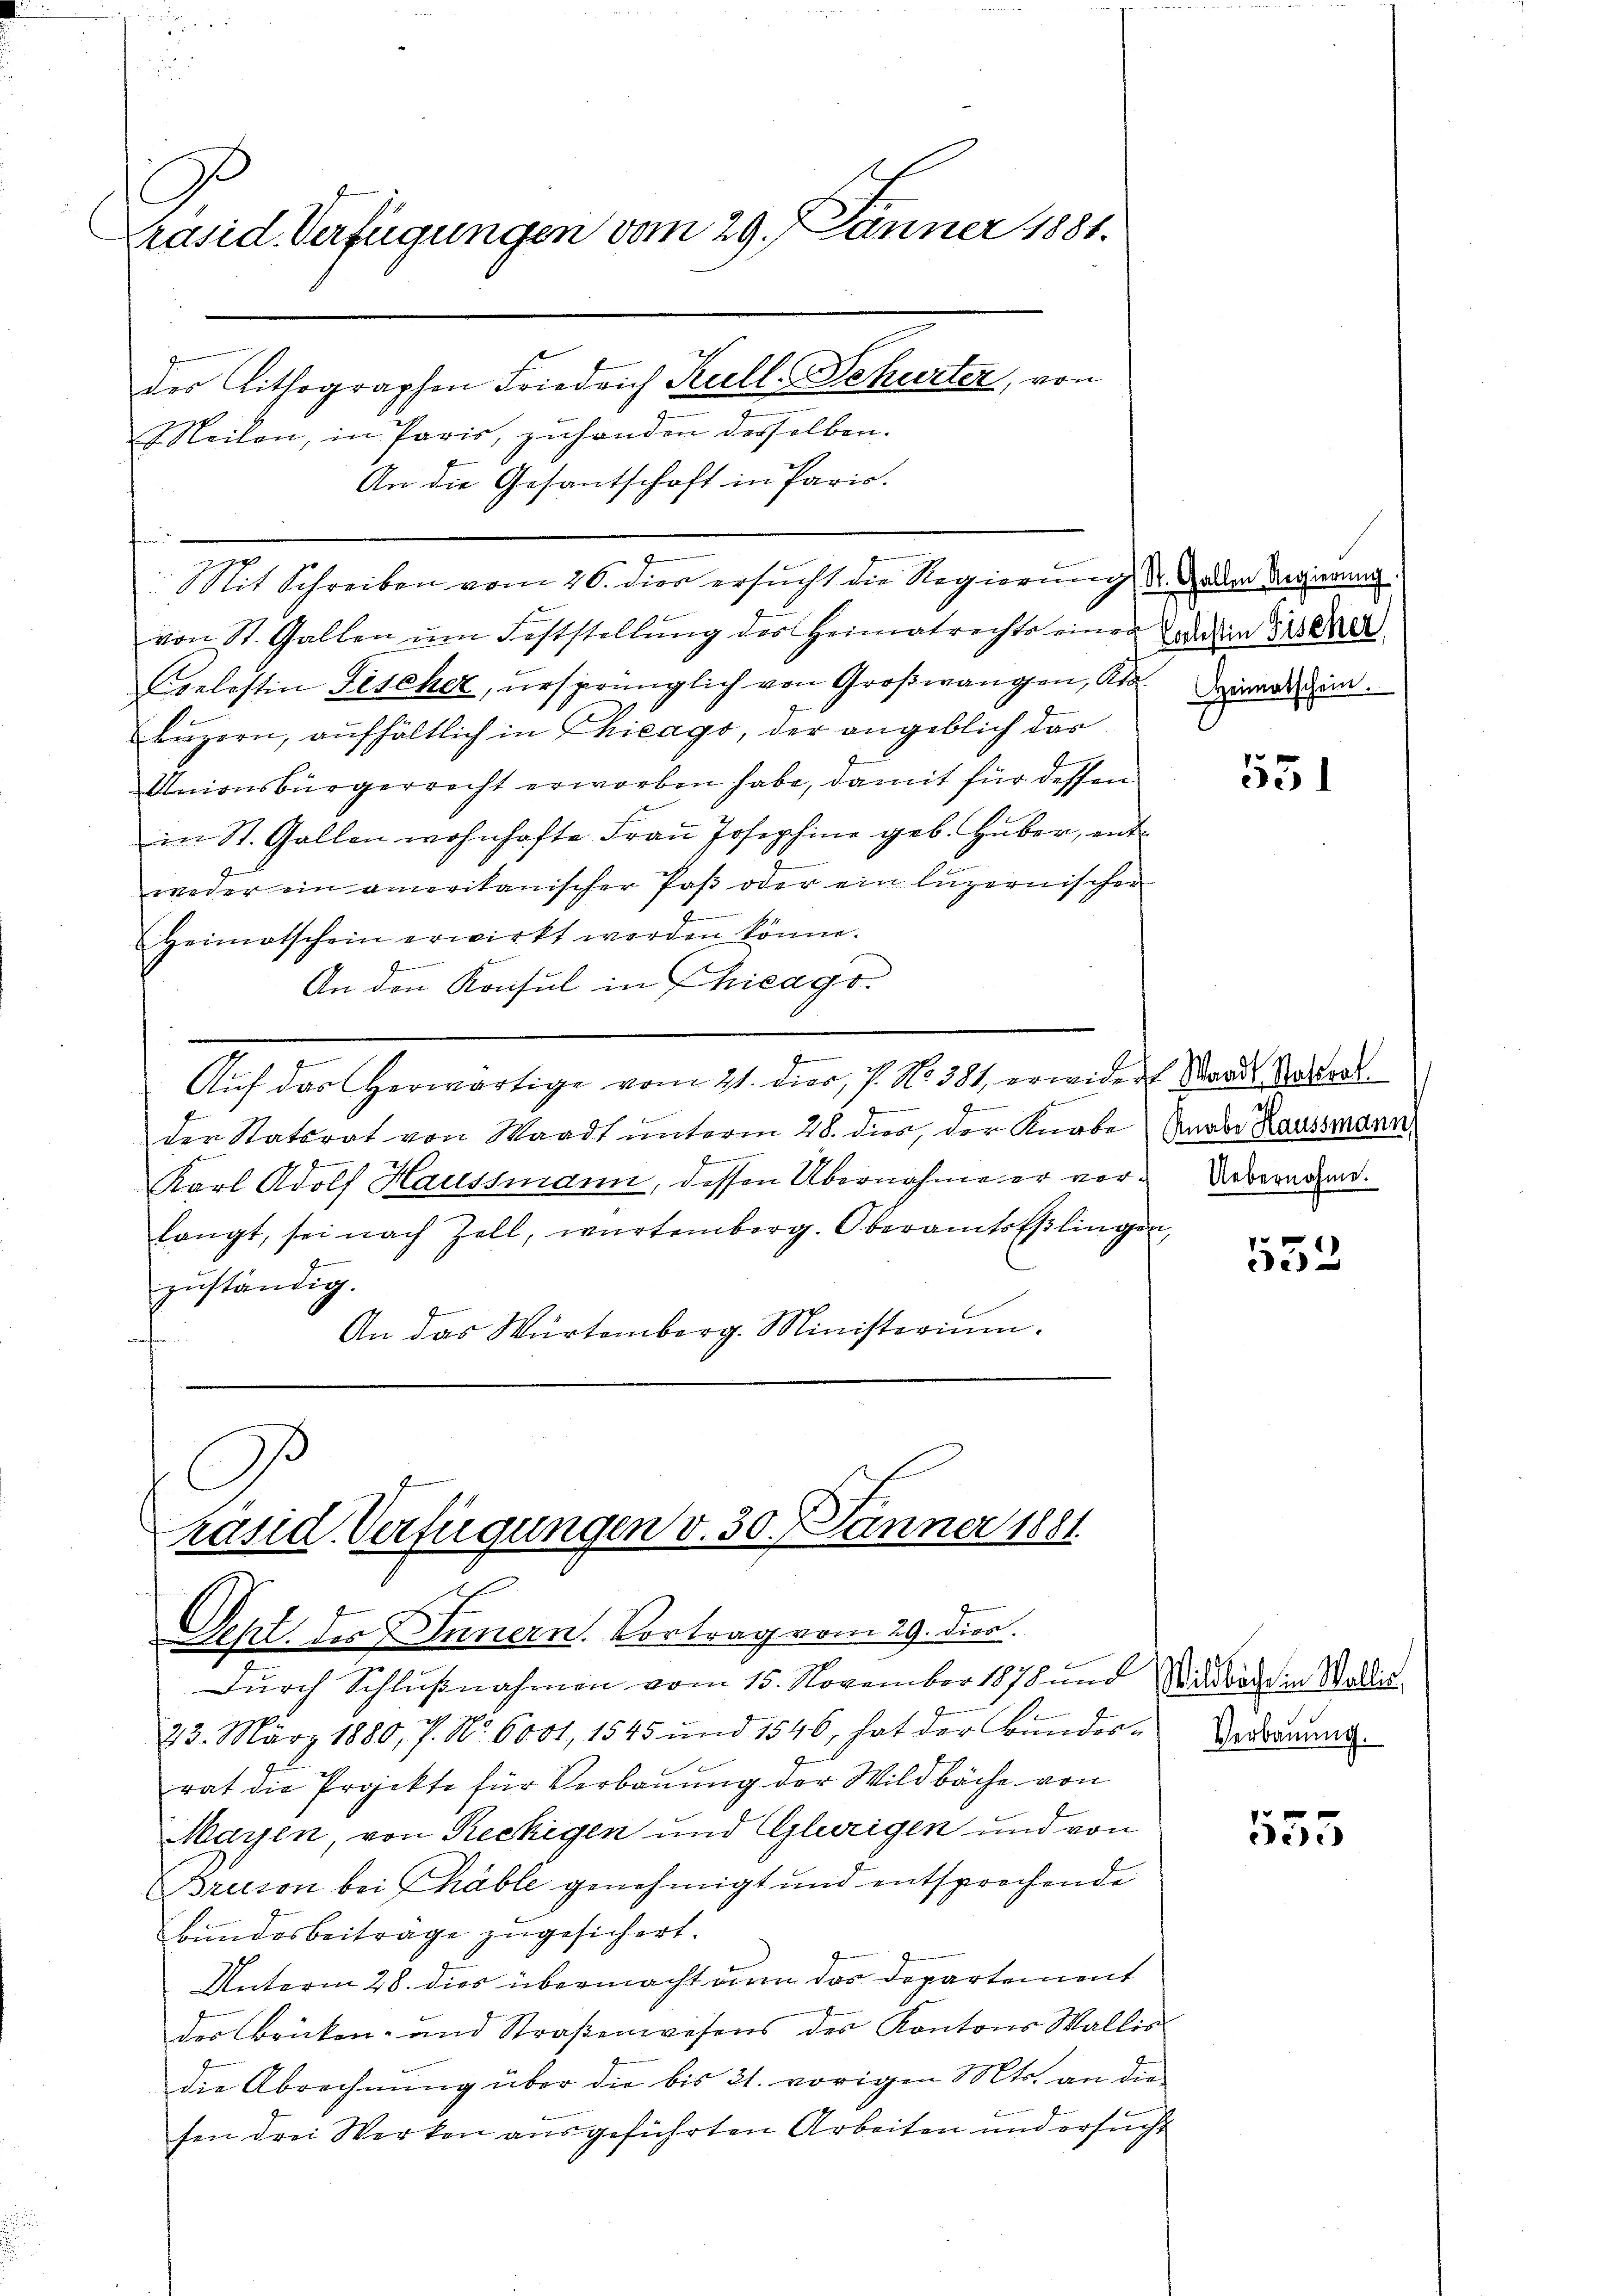
C
räsid. Verfügungen vom 29. Jänner 1881.
des Lithographen Friedrich Kull. Schurter, von

Meilen, in Paris, zuhanden desselben.
An die Gesantschaft in Paris.
von St. Gallen ŭm Feststellŭng des Heimatrechts einen das in 12000
Coelestin Fischer, ursprünglich von Großwangen, Ada Deinen zum
Luzern, aufhältlich in Chicago, der angeblich das
Unionsbürgerrecht erworben habe, damit für dessen
in St. Gallen wohnhafte Fraŭ Josephine geb. Huber, ent-
weder ein amerikanischer Paß oder ein luzernischer
Heimatschein erwirkt werden könne.
f
An den Konsul in Chicago.
e
Auf das herwärtige vom 21. dier, 7. No 381, erwider Standes Vortra
Se
der Statsrat von Waadt unterm 28. dies, der Knabe: Unabe Haussmann,
Fennen
.
Karl Adolf Haussmann, dessen Übernahme er verlangt, sei nach Zell, wartemberg. OberamtsEßlingen,
zuständig.
An das Würtemberg. Ministerium.

Mit Schreiben vom 26. dies ersucht die Regierung d. Jeden Regierung

f Di
räsid. Verfügungen v. 30. Jänner 1881.
u
Sept. des Innern. Vortrag vom 29. Dien.

Durch Schlußnahmen vom 15. November 1878 und Misode in Wallis
23. März 1880, 7. No. 6001, 1545 und 1546, hat der Bunder-Verornung.
rat die Projekte für Verbauung der Wildbache von
Mayen, von Reckigen und Glweigen und von
Braison bei Chable genehmigt und entsprochende
Bundesbeiträge zugesichert.
Unterm 28. dies übermacht denn das Departement
des Brücken- und Straßenwesens des Kantons Wallis
die Abrechnŭng über die bis 21. vorigen Mts. an die
sen drei Werken ausgeführten Arbeiten und ersucht

551

Uebernahme.

532

555